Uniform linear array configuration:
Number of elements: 32
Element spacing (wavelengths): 1
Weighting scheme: kaiser
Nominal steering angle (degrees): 30
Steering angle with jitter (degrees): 29.659
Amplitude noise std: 0.05
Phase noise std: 0.05

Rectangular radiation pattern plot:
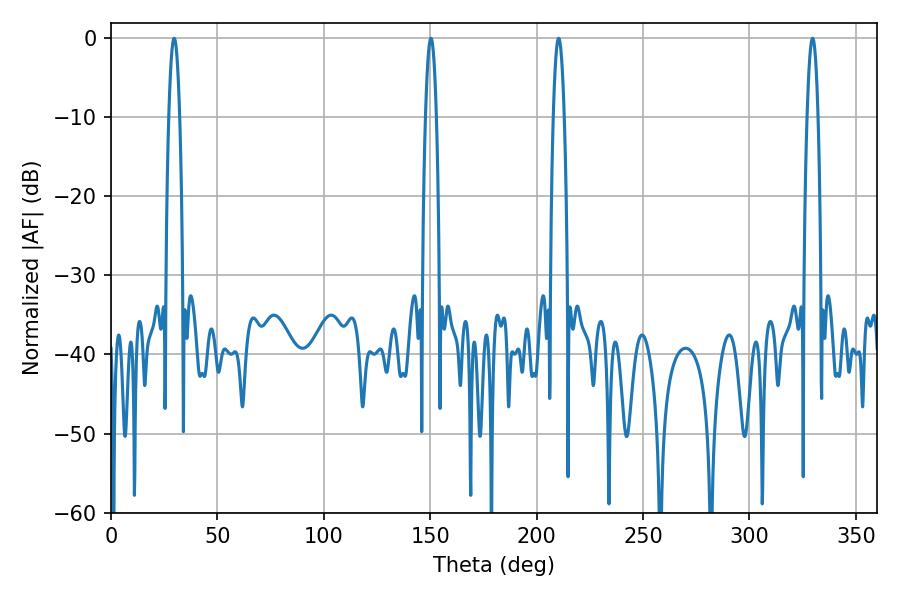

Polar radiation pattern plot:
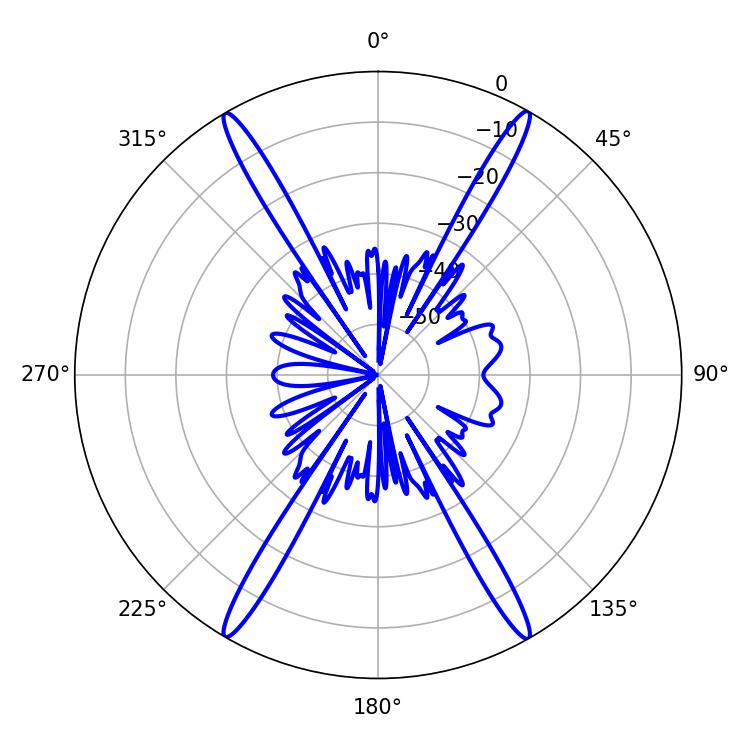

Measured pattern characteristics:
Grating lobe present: TRUE
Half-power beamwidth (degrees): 2.88
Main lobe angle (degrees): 150.3